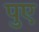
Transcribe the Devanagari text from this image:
पुए